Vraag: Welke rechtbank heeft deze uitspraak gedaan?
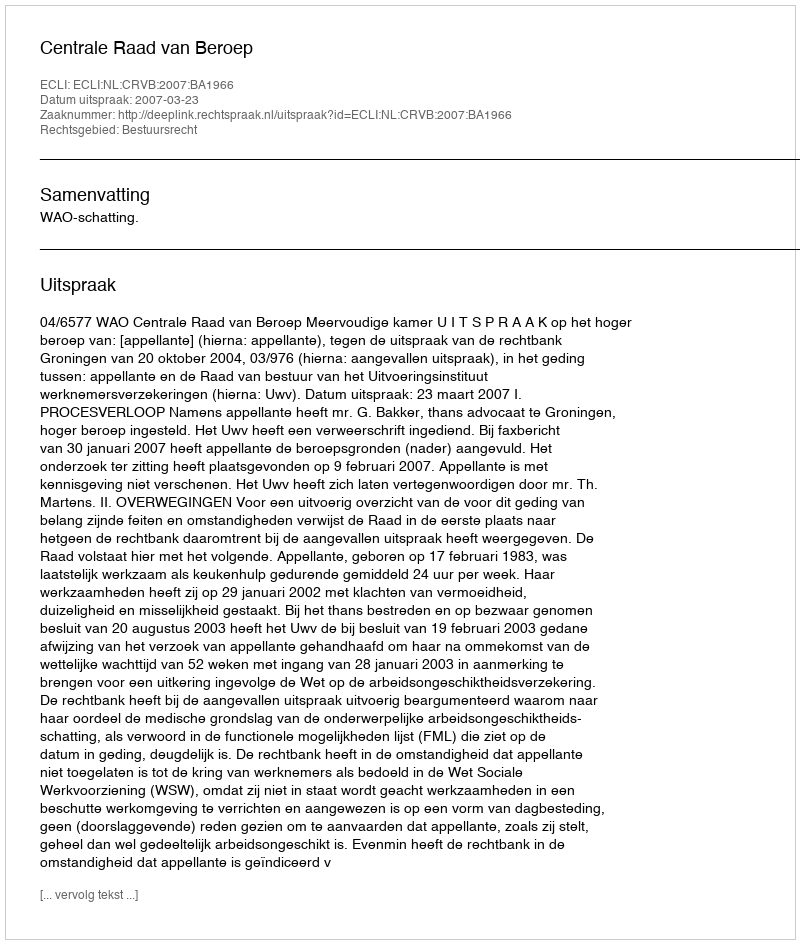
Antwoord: Centrale Raad van Beroep